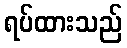
ရပ်ထားသည်